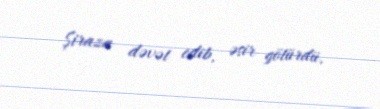
Şiraza dəvət edib, əsir götürdü.